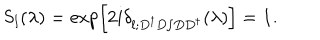
\mathrm { S } _ { l } ( \lambda ) = \exp \left[ 2 i \delta _ { l ; D ^ { \dagger } D / D D ^ { \dagger } } ( \lambda ) \right] = { \bf 1 } .